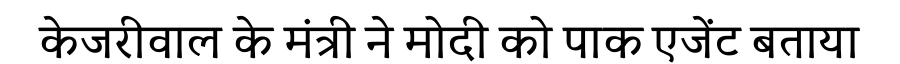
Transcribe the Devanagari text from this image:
केजरीवाल के मंत्री ने मोदी को पाक एजेंट बताया